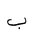
Letter: _ba